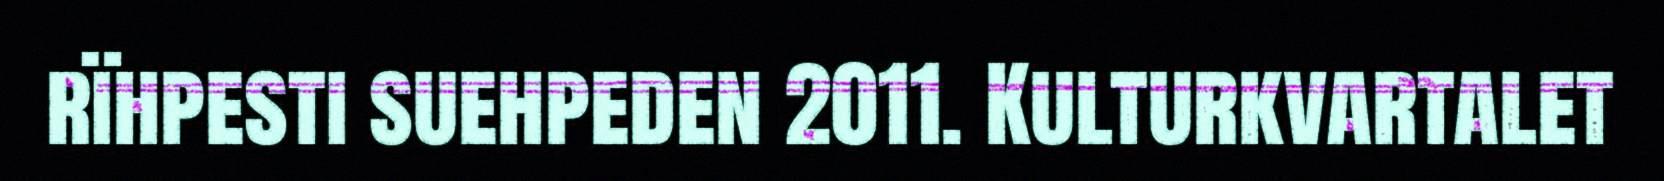
rïhpesti suehpeden 2011. Kulturkvartalet